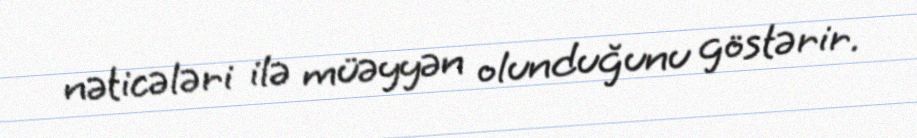
nəticələri ilə müəyyən olunduğunu göstərir.